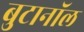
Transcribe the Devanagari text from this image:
बुटानॉल